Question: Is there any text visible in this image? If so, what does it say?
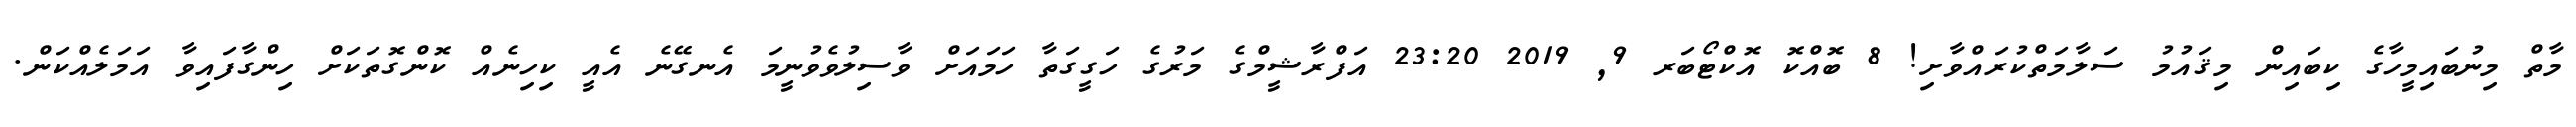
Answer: މާތް މިނުބައިމީހާގެ ކިބައިން މިޤައުމު ސަލާމަތްކުރައްވާށި! 8 ބޮއްކޮ އޮކްޓޯބަރ 9, 2019 23:20 އަފްރާޝީމްގެ މަރުގެ ހަގީގަތާ ހަމައަށް ވާސިލުވެވުނީމަ އެނގޭނެ އެއީ ކިހިނެއް ކޮންގޮތަކަށް ހިންގާފައިވާ އަމަލެއްކަން.